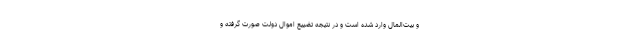
و بیت‌المال وارد شده است و در نتیجه تضییع اموال دولت صورت گرفته و